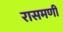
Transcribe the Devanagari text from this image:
रासमणी